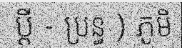
ប្តី - ប្រន្ធ ) ភូមិ